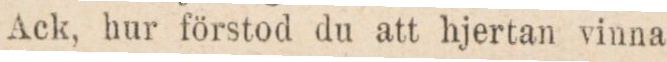
Ack, hur förstod du att hjertan vinna